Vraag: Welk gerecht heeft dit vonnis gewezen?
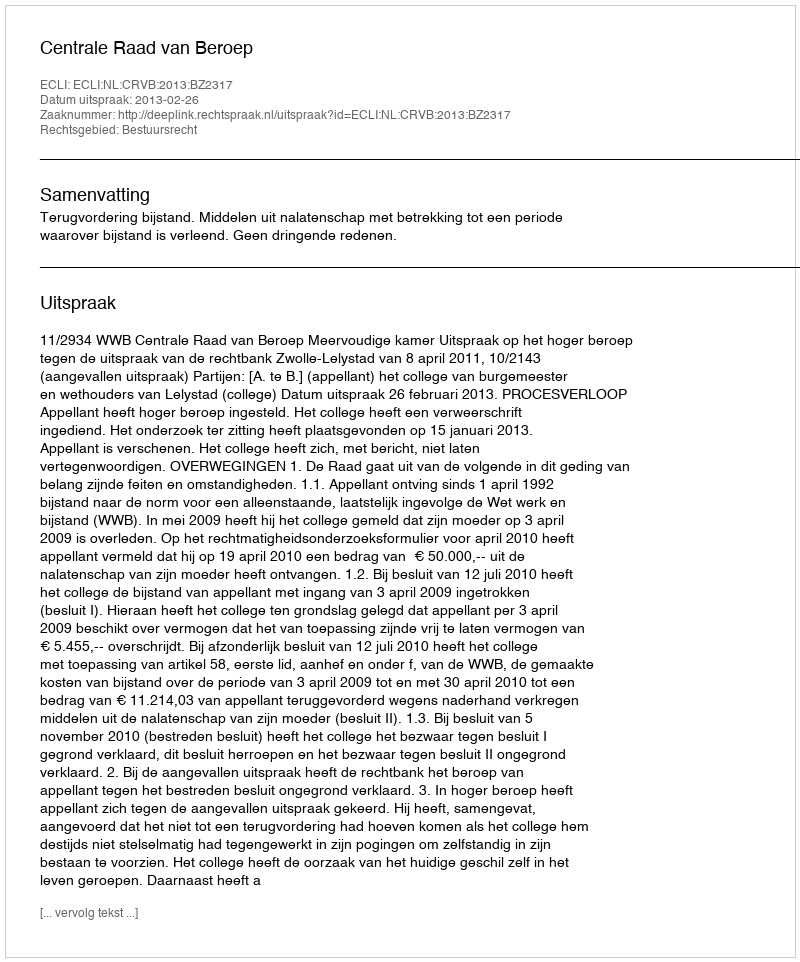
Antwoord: Centrale Raad van Beroep